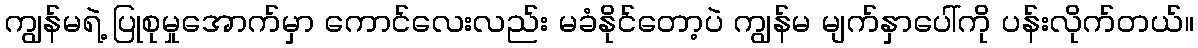
ကျွန်မရဲ့ ပြုစုမှုအောက်မှာ ကောင်လေးလည်း မခံနိုင်တော့ပဲ ကျွန်မ မျက်နှာပေါ်ကို ပန်းလိုက်တယ်။